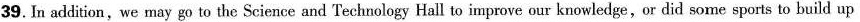
39. In addition,we may go to the Science and Technology Hall to improve our knowledge,or did some sports to build up